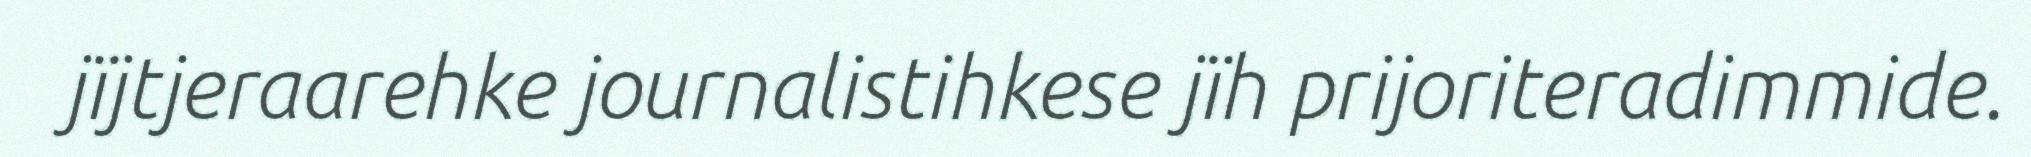
jïjtjeraarehke journalistihkese jïh prijoriteradimmide.